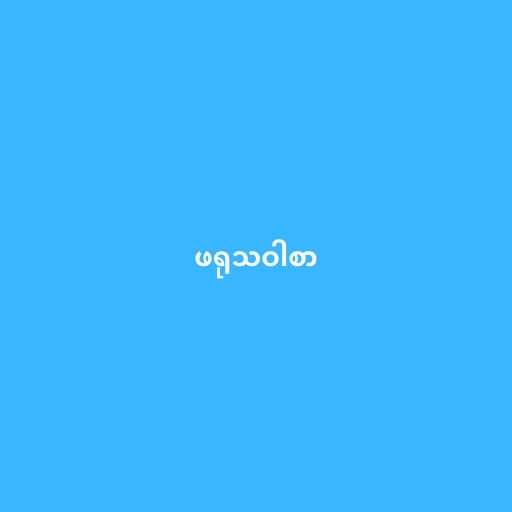
ဖရုသဝါစာ